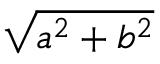
\sqrt { a ^ { 2 } + b ^ { 2 } }